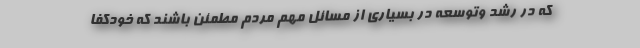
که در رشد وتوسعه در بسیاری از مسائل مهم مردم مطمئن باشند که خودکفا